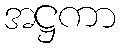
အဋ္ဌကာ